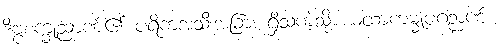
ဒိဗ္ဗစက္ခုညာဏ်၏ ပရိကံအသီးအခြား ရှိသကဲ့သို့ ယထာကမ္မူပဂဉာဏ်